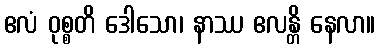
ဧလံ ဝုစ္စတိ ဒေါသော၊ နာဿ ဧလန္တိ နေလာ။